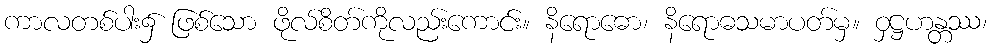
ကာလတစ်ပါး၌ ဖြစ်သော ဖိုလ်စိတ်ကိုလည်းကောင်း။ နိရောဓော၊ နိရောဓသမာပတ်မှ။ ဝှဋ္ဌဟန္တဿ၊